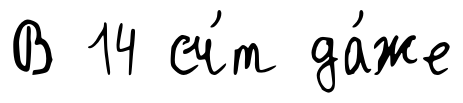
В 14 сч́т да́же